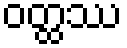
ဝတ္ထဿ